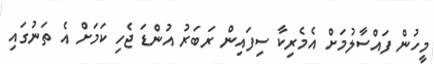
މީހުން ފައްސާލުމަށް އެމެރިކާ ސިފައިން ރަބަރު އުންޑަ ޖެހި ކަމަށް އެ ތަނުގައި